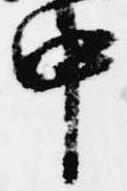
中